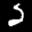
Label: 2